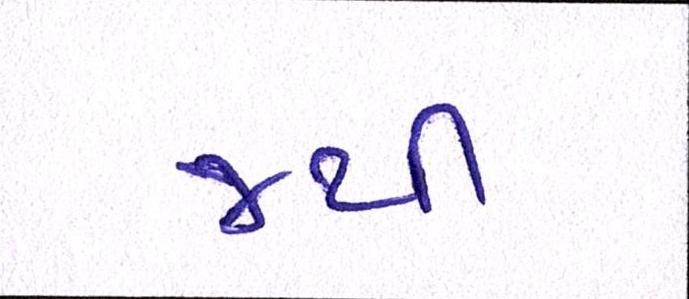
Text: ૪થી